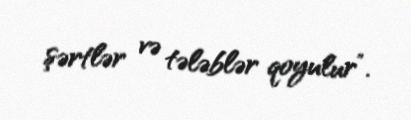
şərtlər və tələblər qoyulur”.